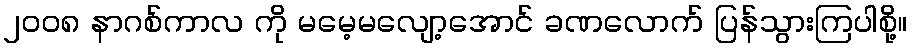
၂၀၀၈ နာဂစ်ကာလ ကို မမေ့မလျော့အောင် ခဏလောက် ပြန်သွားကြပါစို့။